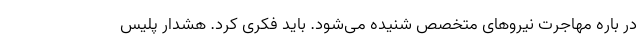
در باره مهاجرت نیروهای متخصص شنیده می‌شود. باید فکری کرد. هشدار پلیس